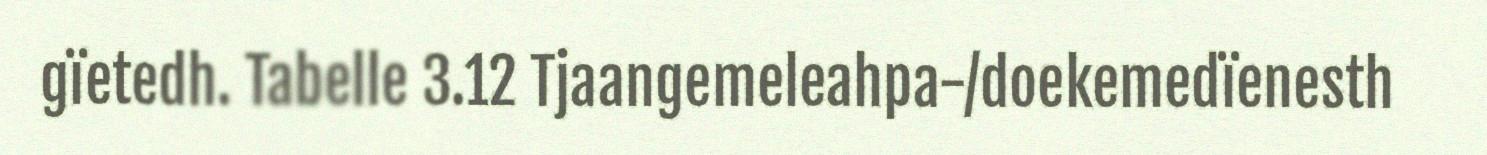
gïetedh. Tabelle 3.12 Tjaangemeleahpa-/doekemedïenesth